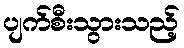
ပျက်စီးသွားသည့်